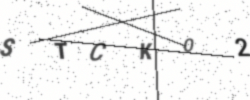
Text: STCK02